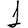
Digit: 1